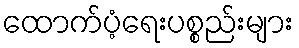
ထောက်ပံ့ရေးပစ္စည်းများ